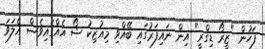
ފަހުން "ޒީރޯ ޑިގްރީ" އިން ނައިފަރުގައި ބޭއްވި މިއުޒިކު ޝޯ އެއްގައިވެސް އެލަވަ